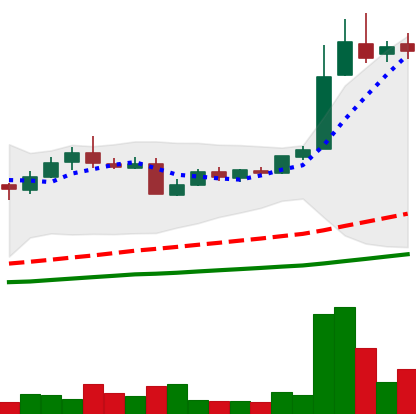
Ticker: LTC-USD
Chart end date: 2016-05-31
Forward return: 3.495%
Label: up_3_5